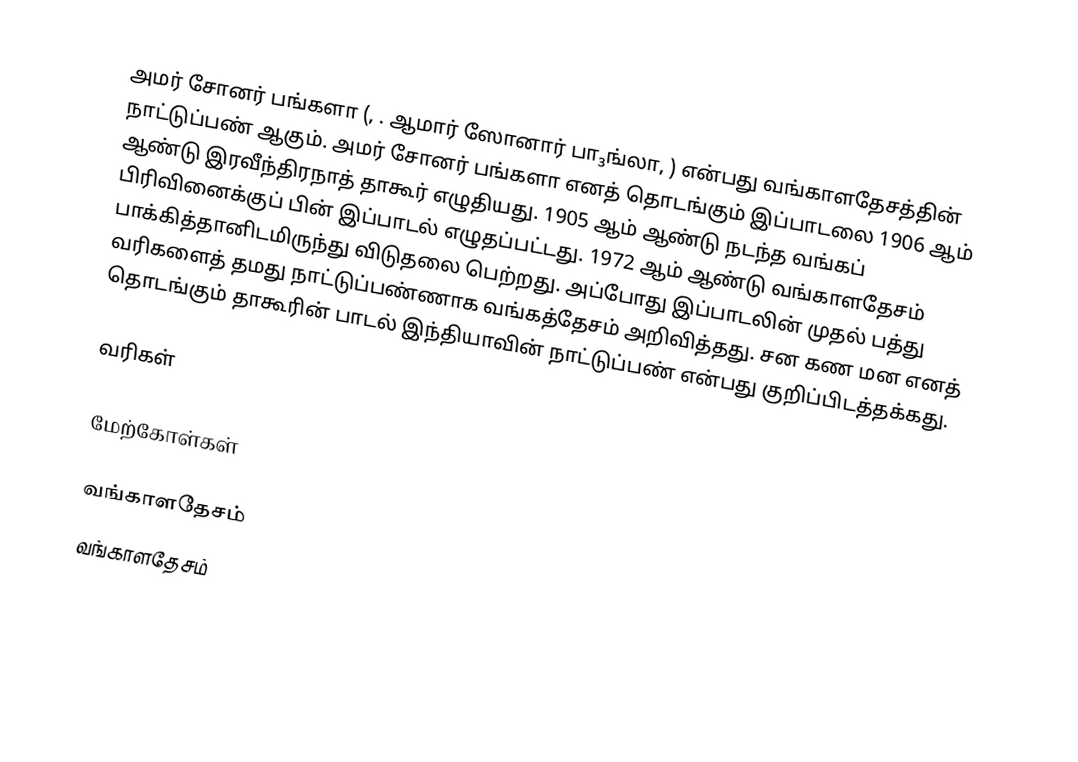
அமர் சோனர் பங்களா (, . ஆமார் ஸோனார் பா₃ங்லா,  ) என்பது வங்காளதேசத்தின் நாட்டுப்பண் ஆகும். அமர் சோனர் பங்களா எனத் தொடங்கும் இப்பாடலை 1906 ஆம் ஆண்டு இரவீந்திரநாத் தாகூர் எழுதியது. 1905 ஆம் ஆண்டு நடந்த வங்கப் பிரிவினைக்குப் பின் இப்பாடல் எழுதப்பட்டது. 1972 ஆம் ஆண்டு வங்காளதேசம் பாக்கித்தானிடமிருந்து விடுதலை பெற்றது. அப்போது இப்பாடலின் முதல் பத்து வரிகளைத் தமது நாட்டுப்பண்ணாக வங்கத்தேசம் அறிவித்தது. சன கண மன எனத் தொடங்கும் தாகூரின் பாடல் இந்தியாவின் நாட்டுப்பண் என்பது குறிப்பிடத்தக்கது.

வரிகள்

மேற்கோள்கள்

வங்காளதேசம்
வங்காளதேசம்